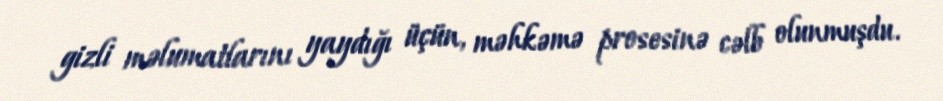
gizli məlumatlarını yaydığı üçün, məhkəmə prosesinə cəlb olunmuşdu.